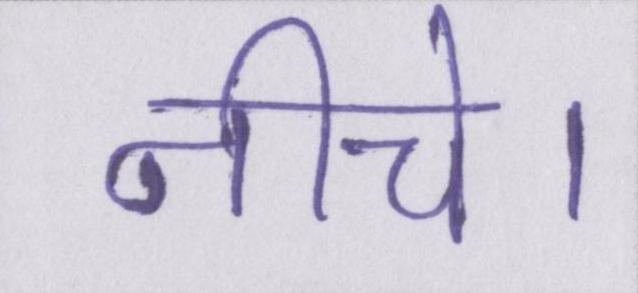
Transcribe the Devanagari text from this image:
नीचे।